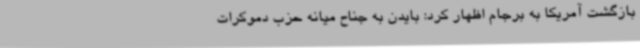
بازگشت آمریکا به برجام اظهار کرد: بایدن به جناح میانه حزب دموکرات